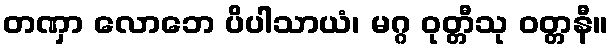
တဏှာ လောဘေ ပိပါသာယံ၊ မဂ္ဂ ဝုတ္တီသု ဝတ္တနီ။